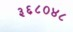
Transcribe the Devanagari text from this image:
३६८०४८